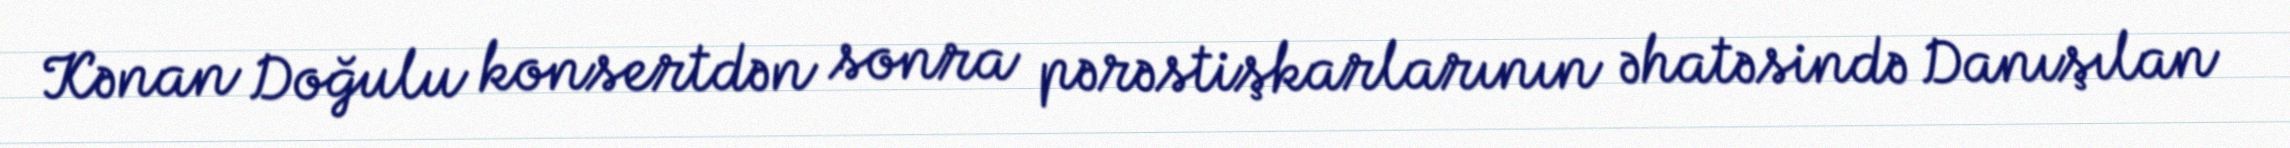
Kənan Doğulu konsertdən sonra pərəstişkarlarının əhatəsində Danışılan